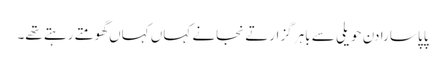
پاپا سارا دن حویلی سے باہر گزارتے نجانے کہاں کہاں گھومتے رہتے تھے۔